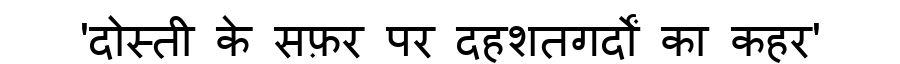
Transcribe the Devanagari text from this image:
'दोस्ती के सफ़र पर दहशतगर्दों का कहर'